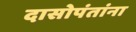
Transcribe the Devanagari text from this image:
दासोपंतांना